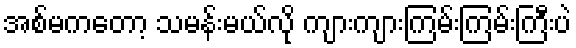
အစ်မကတော့ သမန်းမယ်လို ကျားကျားကြမ်းကြမ်းကြီးပဲ